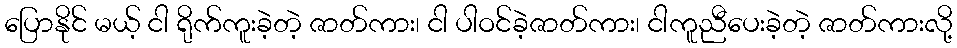
ပြောနိုင် မယ့် ငါ ရိုက်ကူးခဲ့တဲ့ ဇာတ်ကား၊ ငါ ပါဝင်ခဲ့ဇာတ်ကား၊ ငါကူညီပေးခဲ့တဲ့ ဇာတ်ကားလို့